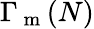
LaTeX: \Gamma_{\mathrm{~m~}}(N)